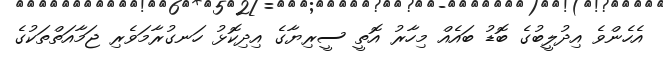
އެހެންވެ އިދުލީބުގެ ބޮޑު ބައެއް މިހާރު އޮތީ ސީރިޔާގެ އިދިކޮޅު ހަނގުރާމަވެރި ޖަމާއަތްތަކުގެ